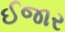
ઈજાર